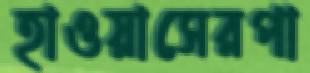
হাওয়াসেরপা